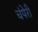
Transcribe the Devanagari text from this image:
चंपेरी